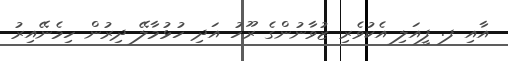
އާއި ފ. ފީއަލި އެކުވެރި ޒުވާނުންގެ ރޫހު އަދި ހުޅުމާލޭ ދިރުން ހިމެނޭއިރު